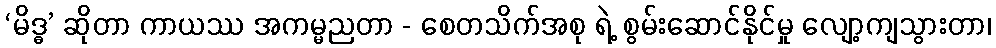
‘မိဒ္ဓ’ ဆိုတာ ကာယဿ အကမ္မညတာ - စေတသိက်အစု ရဲ့ စွမ်းဆောင်နိုင်မှု လျော့ကျသွားတာ၊